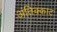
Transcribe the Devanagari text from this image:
अंतिक्काट